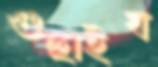
গুছাইব